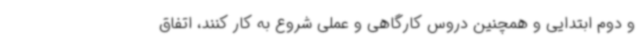
و دوم ابتدایی و همچنین دروس کارگاهی و عملی شروع به کار کنند، اتفاق